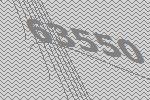
63550